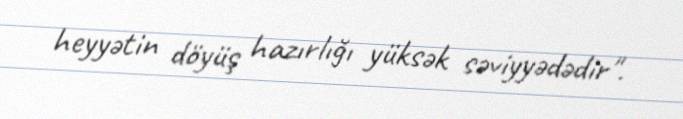
heyyətin döyüş hazırlığı yüksək səviyyədədir".